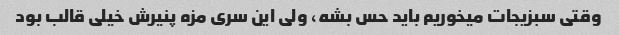
وقتی سبزیجات میخوریم باید حس بشه، ولی این سری مزه پنیرش خیلی قالب بود